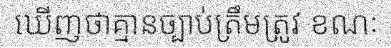
ឃើញថាគ្មានច្បាប់ត្រឹមត្រូវ ខណៈ